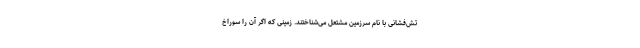
تش‌فشانی با نام سرزمین مشتعل می‌شناختند. زمینی که اگر آن را سوراخ